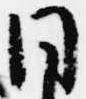
同